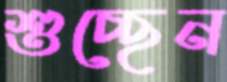
শুচ্ছেন